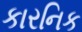
કારનિક